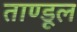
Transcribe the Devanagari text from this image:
ताण्डूल